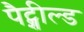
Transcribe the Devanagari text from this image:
पैट्शील्ड